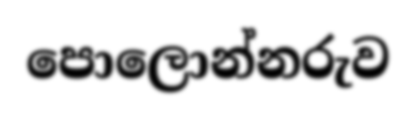
පොලොන්නරුව